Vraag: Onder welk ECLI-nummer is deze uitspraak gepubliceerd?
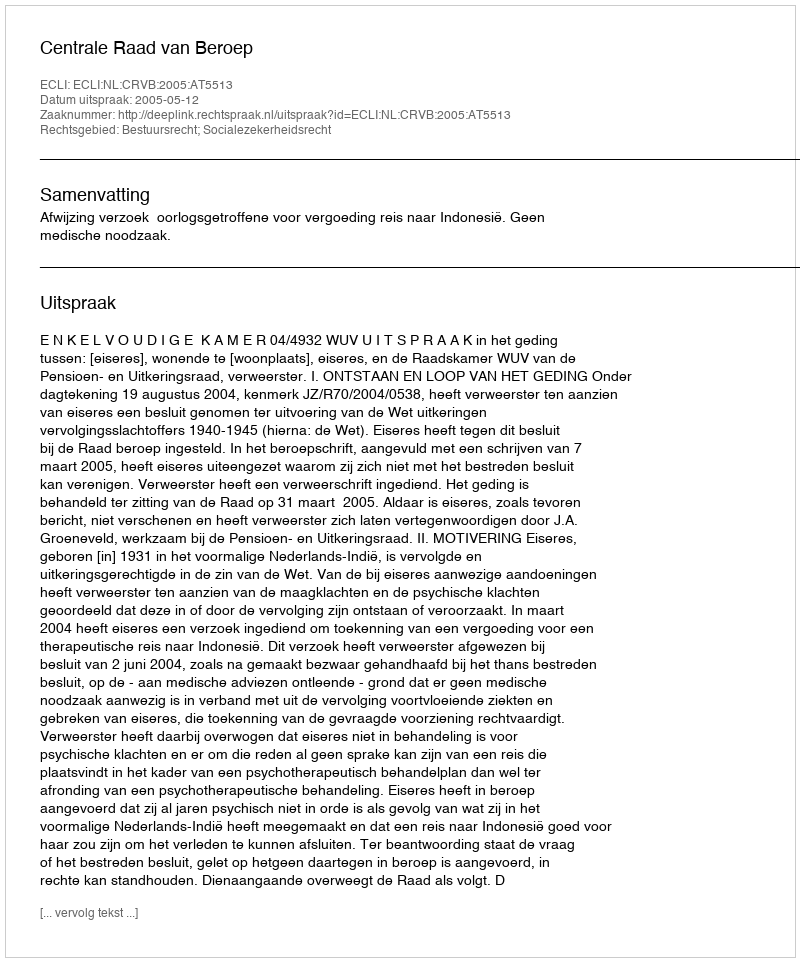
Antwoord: ECLI:NL:CRVB:2005:AT5513